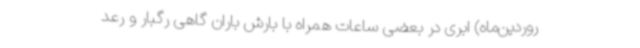
روردین‌ماه) ابری در بعضی ساعات همراه با بارش باران گاهی رگبار و رعد